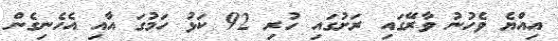
އިއްޔެ ވެހުނު ވާރޭގައި ރަށުގައި ހުރި 92 ކަޅު ހަމުގަ އާއި އެހެނިގެން